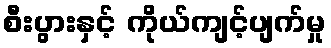
စီးပွားနှင့် ကိုယ်ကျင့်ပျက်မှု